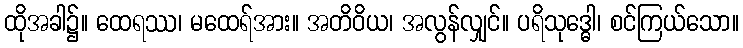
ထိုအခါ၌။ ထေရဿ၊ မထေရ်အား။ အတိဝိယ၊ အလွန်လျှင်။ ပရိသုဒ္ဓေါ၊ စင်ကြယ်သော။